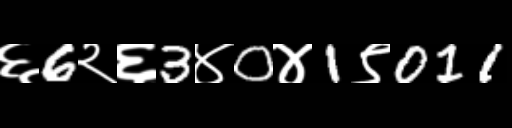
Text: ६6२६3४0४1९011